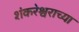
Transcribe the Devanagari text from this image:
शंकरेश्वराच्या